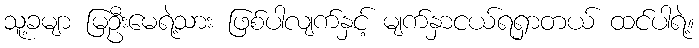
သူ့ခမျာ မြဦးမေရဲ့သား ဖြစ်ပါလျက်နှင့် မျက်နှာငယ်ရရှာတယ် ထင်ပါရဲ့။